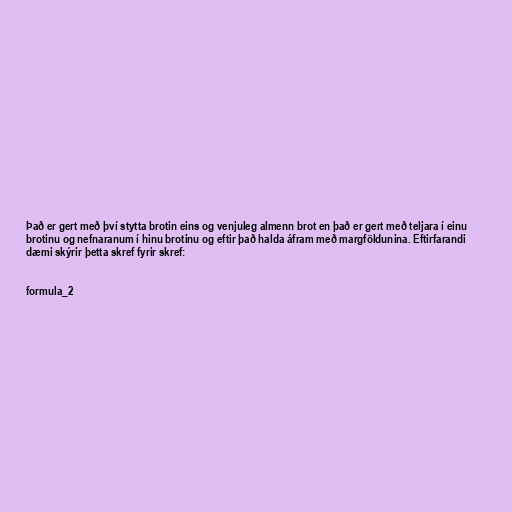
Það er gert með því stytta brotin eins og venjuleg almenn brot en það er gert með teljara í einu
brotinu og nefnaranum í hinu brotinu og eftir það halda áfram með margföldunina. Eftirfarandi
dæmi skýrir þetta skref fyrir skref:

formula_2